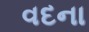
વદના